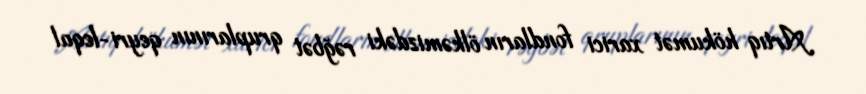
Artıq hökumət xarici fondların ölkəmizdəki rəğbət qruplarının qeyri-leqal